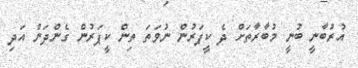
އުރުބާނީ ބުނީ މުބާރާތަށް ދެ ކީޕަރުން ނުވަތަ ތިން ކީޕަރުން ގެންދަން އަދި